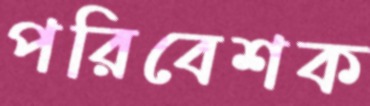
পরিবেশক